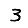
Digit: 3